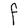
Character: F